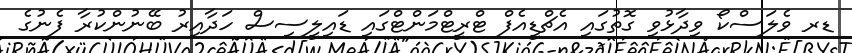
ޑރ ވެލަސްކޯ ވިދާޅުވި ގޮތުގައި އެޗްޑީއެފް ޓްރީޓްމަންޓްގައި ޑައިލީސިސް ހަދާއިރު ބޭނުންކުރާ ފެނުގެ